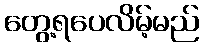
တွေ့ရပေလိမ့်မည်